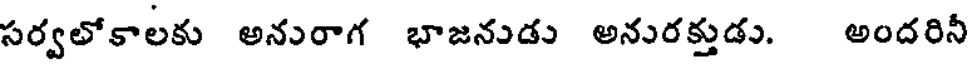
సర్వలోకాలకు అనురాగ భాజనుడు అనురక్తుడు. అందరినీ